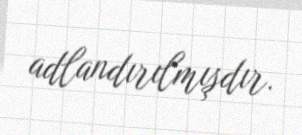
adlandırılmışdır.